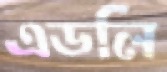
এডলি